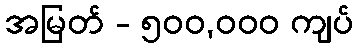
အမြတ် - ၅၀၀,၀၀၀ ကျပ်